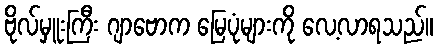
ဗိုလ်မှူးကြီး ဂျာဗောက မြေပုံများကို လေ့လာရသည်။